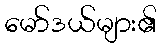
မော်ဒယ်များ၏